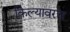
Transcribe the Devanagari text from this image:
किल्यावरच